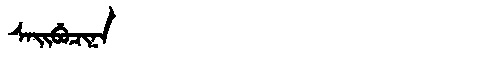
Manchu: ᠰᠠᡳᠪᡠᠴᡳᠨᠠ
Romanization: SAIBUCINA